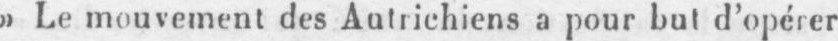
»Le mouvement des Autrichiens a pour but d’opérer